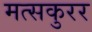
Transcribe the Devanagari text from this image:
मत्सकुरर